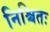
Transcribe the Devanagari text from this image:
निश्चितः